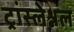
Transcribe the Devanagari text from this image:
ट्रांस्लेश्नल